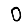
Digit: 0